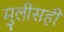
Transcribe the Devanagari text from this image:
मुलीसही